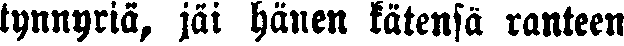
tynnyriä, jäi hänen kätensä ranteen